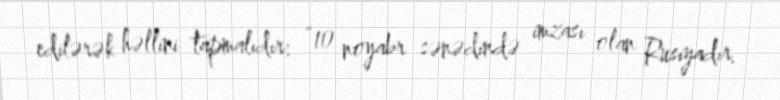
edilərək həllini tapmalıdır: “10 noyabr sənədində imzası olan Rusiyadır.